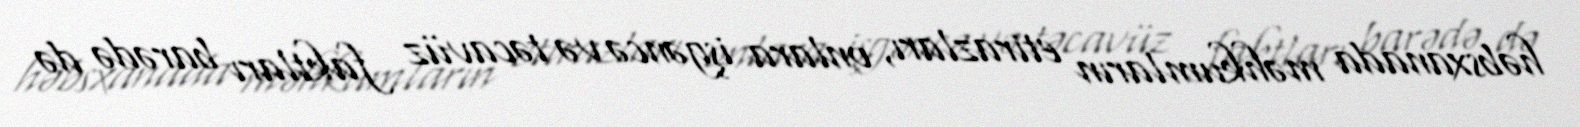
həbsxanada məhkumların etirazları, onlara işgəncə və təcavüz faktları barədə də